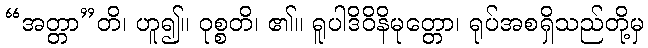
“အတ္တာ”တိ၊ ဟူ၍။ ဝုစ္စတိ၊ ၏။ ရူပါဒိဝိနိမုတ္တော၊ ရုပ်အစရှိသည်တို့မှ